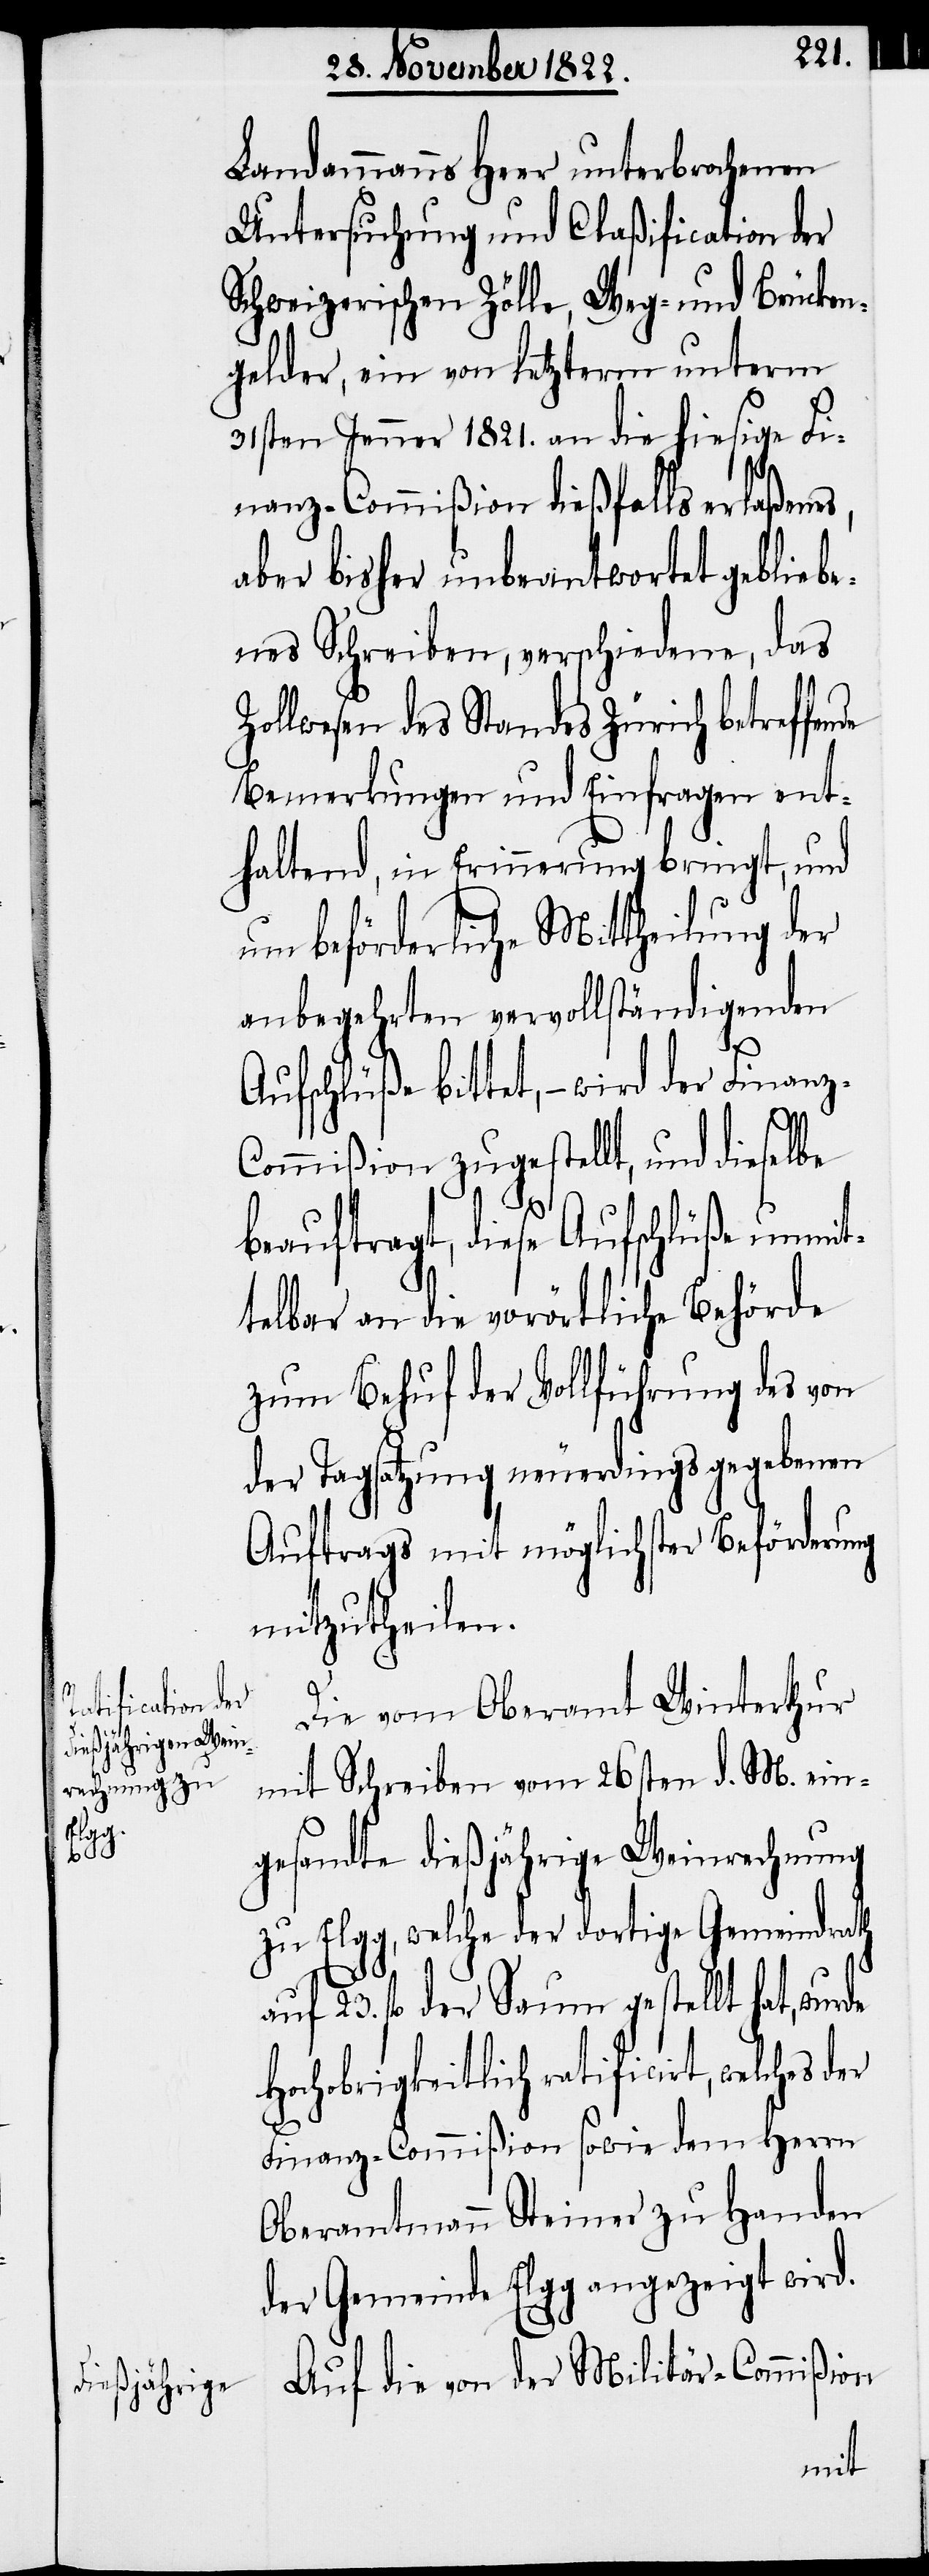
Landammanns Heer unterbrochenen
Untersuchung und Claßification der
Schweizerischen Zölle, Weg- und Brücken¬
gelder, ein von letzterm unterm
31sten Jenner 1821. an die hiesige Fi¬
nanz-Commißion dießfalls erlaßenes,
aber bisher unbeantwortet gebliebe¬
nes Schreiben, verschiedene, das
Zollwesen des Standes Zürich betreffende
Bemerkungen und Einfragen ent¬
haltend, in Erinnerung bringt, und
um beförderliche Mittheilung der
anbegehrten vervollständigenden
Aufschlüße bittet, – wird der Finanz-C¬
ommißion zugestellt, und dieselbe
beauftragt, diese Aufschlüße unmit¬
telbar an die vorörtliche Behörde
zum Behuf der Vollführung des von
der Tagsatzung neuerdings gegebenen
Auftrags mit möglichster Beförderung
mitzutheilen.
Die vom Oberamt Winterthur
mit Schreiben vom 26sten d. M. ein¬
gesandte dießjährige Weinrechnung
zu Elgg, welche der dortige Gemeindrath
23. fl. der Saum gestellt hat,
Hochobrigkeitlich ratificirt, welches der
Finanz-Commißion sowie dem Herrn
Oberamtmann Steiner zu Handen
der Gemeinde Elgg angezeigt wird.
Auf die von der Militär-Commißion